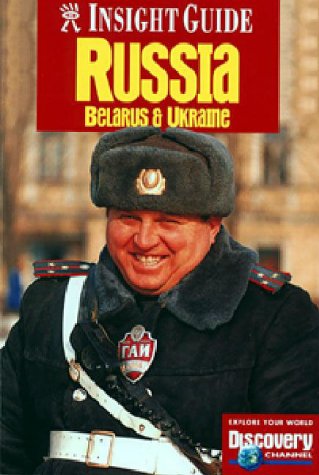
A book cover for Insight Guide Russia: With Chapters on Ukraine and Belarus; Travel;